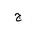
Letter: _gim